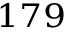
^ { 1 7 9 }